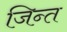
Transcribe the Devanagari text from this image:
जिन्त